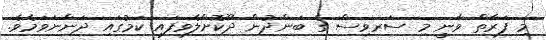
މި ފަރާތް ވާނީ މި ސަރވިސް ގެ ބަންދުން ދޫކޮށްލެވިފައި ކަމުގައި ދަންނަވަމެވެ.